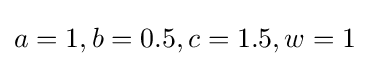
a=1,b=0.5,c=1.5,w=1